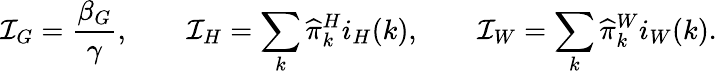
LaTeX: \mathcal I_{G}=\frac{\beta_{G}}{\gamma},\qquad\mathcal I_{H}=\sum_{k}\widehat{\pi}_{k}^{H}i_{H}(k),\qquad\mathcal I_{W}=\sum_{k}\widehat{\pi}_{k}^{W}i_{W}(k).